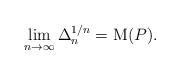
LaTeX: \begin{align*}\lim_{n \to \infty} \Delta_{n}^{1/n}= {\rm M}(P).\end{align*}